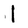
Character: 1